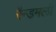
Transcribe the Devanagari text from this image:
रैन्डमली